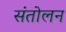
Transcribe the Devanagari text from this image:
संतोलन